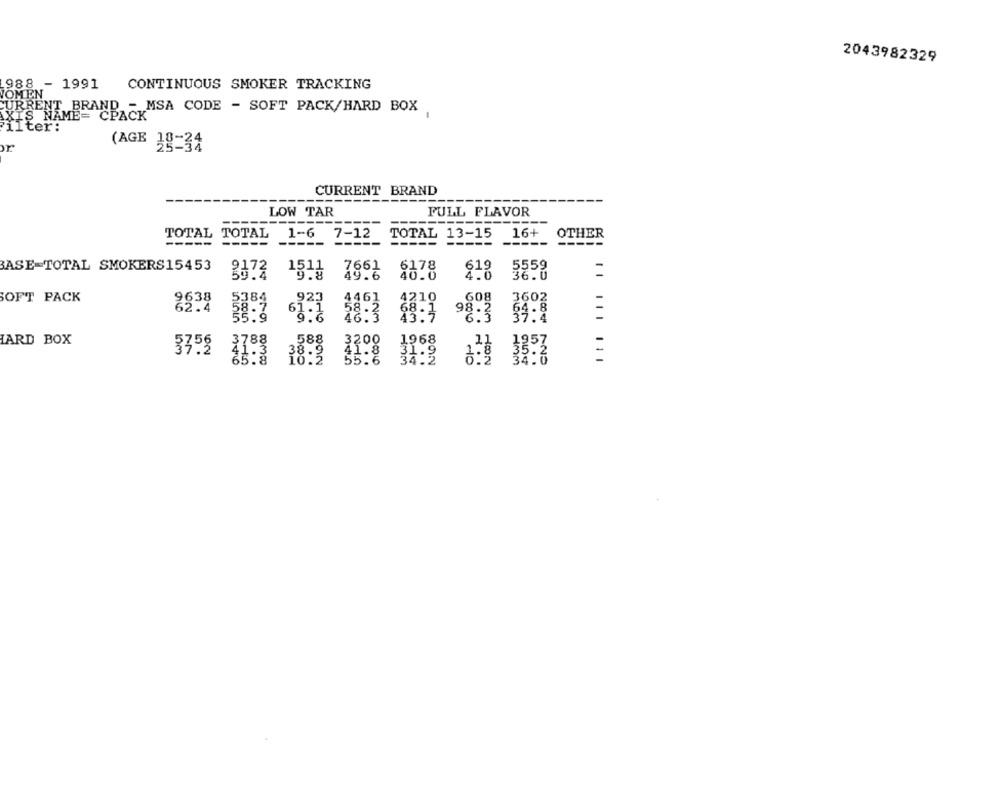
2043982329
988 - 1991
CONTINUOUS SMOKER TRACKING
JOMEN
CURRENT BRAND - MSA CODE - SOFT PACK/HARD BOX
AXIS NAME= CPACK
Filter:
(AGE 38-34
CURRENT BRAND
-------
LOW TAR
FULL FLAVOR
----
TOTAL
TOTAL
1-6 7-12
7-12
TOTAL 13-15
16+
OTHER
--
BASE-TOTAL SMOKERS15453
1511
7661
6178
619
5559
5559
2373
19.8
49.6
4.0
SOFT PACK
9638
923
4461
4210
3602
62.4
54.8
61.1
68.2
98.2
37. 4
48:
ARD BOX
588
3200
1968
3359
41.8
31.9
18:3
55.6
AND
111 111